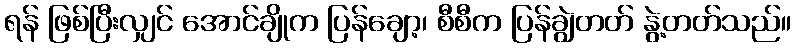
ရန် ဖြစ်ပြီးလျှင် အောင်ချိုက ပြန်ချော့၊ စီစီက ပြန်ချွဲတတ် နွဲ့တတ်သည်။